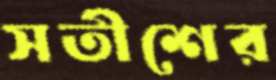
সতীশের